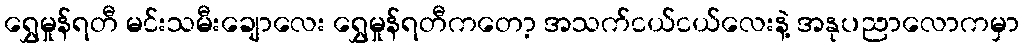
ရွှေမှုန်ရတီ မင်းသမီးချောလေး ရွှေမှုန်ရတီကတော့ အသက်ငယ်ငယ်လေးနဲ့ အနုပညာလောကမှာ